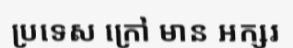
ប្រទេស ក្រៅ មាន អក្សរ